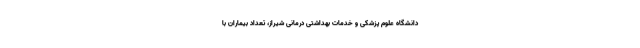
دانشگاه علوم پزشکی و خدمات بهداشتی درمانی شیراز، تعداد بیماران با